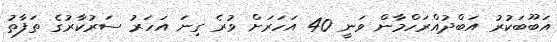
އަބޫބަކުރު އަބްދުއްރަހްމާން ވަނީ 40 އަހަރަށް ވުރެ ގިނަ އަހަރު ސަރުކާރުގެ ތަފާތު